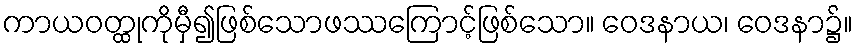
ကာယဝတ္ထုကိုမှီ၍ဖြစ်သောဖဿကြောင့်ဖြစ်သော။ ဝေဒနာယ၊ ဝေဒနာ၌။